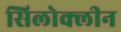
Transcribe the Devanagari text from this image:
सिलोक्लीन